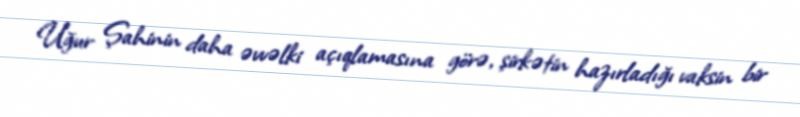
Uğur Şahinin daha əvvəlki açıqlamasına görə, şirkətin hazırladığı vaksin bir